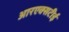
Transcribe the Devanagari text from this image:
आरएक्सटीई